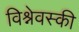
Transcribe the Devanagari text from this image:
विश्नेवस्की